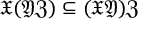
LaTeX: { \mathfrak { X } } ( { \mathfrak { Y } } { \mathfrak { Z } } ) \subseteq ( { \mathfrak { X } } { \mathfrak { Y } } ) { \mathfrak { Z } }